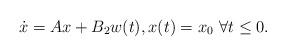
LaTeX: \begin{align*} \dot x=Ax+B_2w(t), x(t)=x_0~\forall t\le 0. \end{align*}